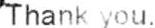
THANK YOU.